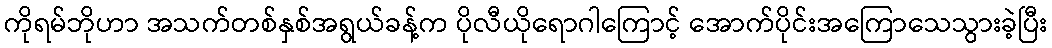
ကိုရမ်ဘိုဟာ အသက်တစ်နှစ်အရွယ်ခန့်က ပိုလီယိုရောဂါကြောင့် အောက်ပိုင်းအကြောသေသွားခဲ့ပြီး